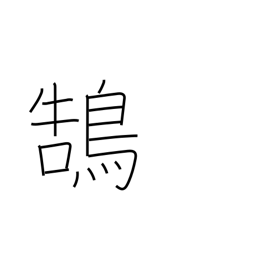
Meaning: swan